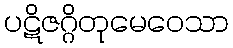
ပဋိဇဂ္ဂိတုမေဝေသာ